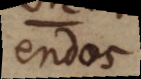
endos